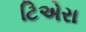
ટિએરા